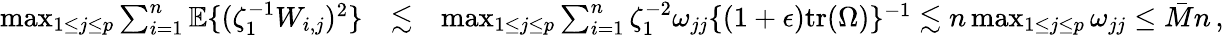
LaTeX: \begin{array}{rlr}{\operatorname*{max}_{1\leq j\leq p}\sum_{i=1}^{n}{\mathbb{E}}\{ (\zeta_{1}^{-1}W_{i,j})^{2}\} }&{\lesssim}&{\operatorname*{max}_{1\leq j\leq p}\sum_{i=1}^{n}\zeta_{1}^{-2}\omega_{jj}\{ (1+\epsilon)\mathrm{tr}(\Omega)\} ^{-1}\lesssim n\operatorname*{max}_{1\leq j\leq p}\omega_{jj}\leq\bar{M}n\, ,}\end{array}